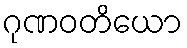
ဂုဏဝတိယော